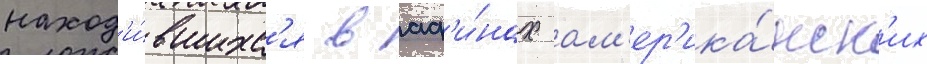
наход'и́вшихс'я в аф'и́нах ам'ер'ика́нск'их